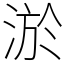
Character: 淤